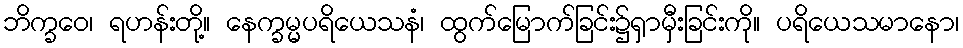
ဘိက္ခဝေ၊ ရဟန်းတို့။ နေက္ခမ္မပရိယေသနံ၊ ထွက်မြောက်ခြင်း၌ရှာမှီးခြင်းကို။ ပရိယေသမာနော၊